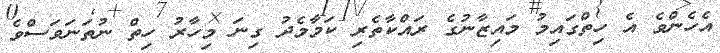
އެހެންވެ އެ ހިތްގައިމު މައިޒާނުގެ ރައްކާތެރި ކަމާމެެދު ގިނަ މިހާރު ހިތް ނުތަނަވަސްވެ